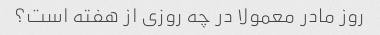
روز مادر معمولا در چه روزی از هفته است؟